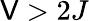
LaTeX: \mathsf{V}>2J